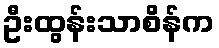
ဦးထွန်းသာစိန်က